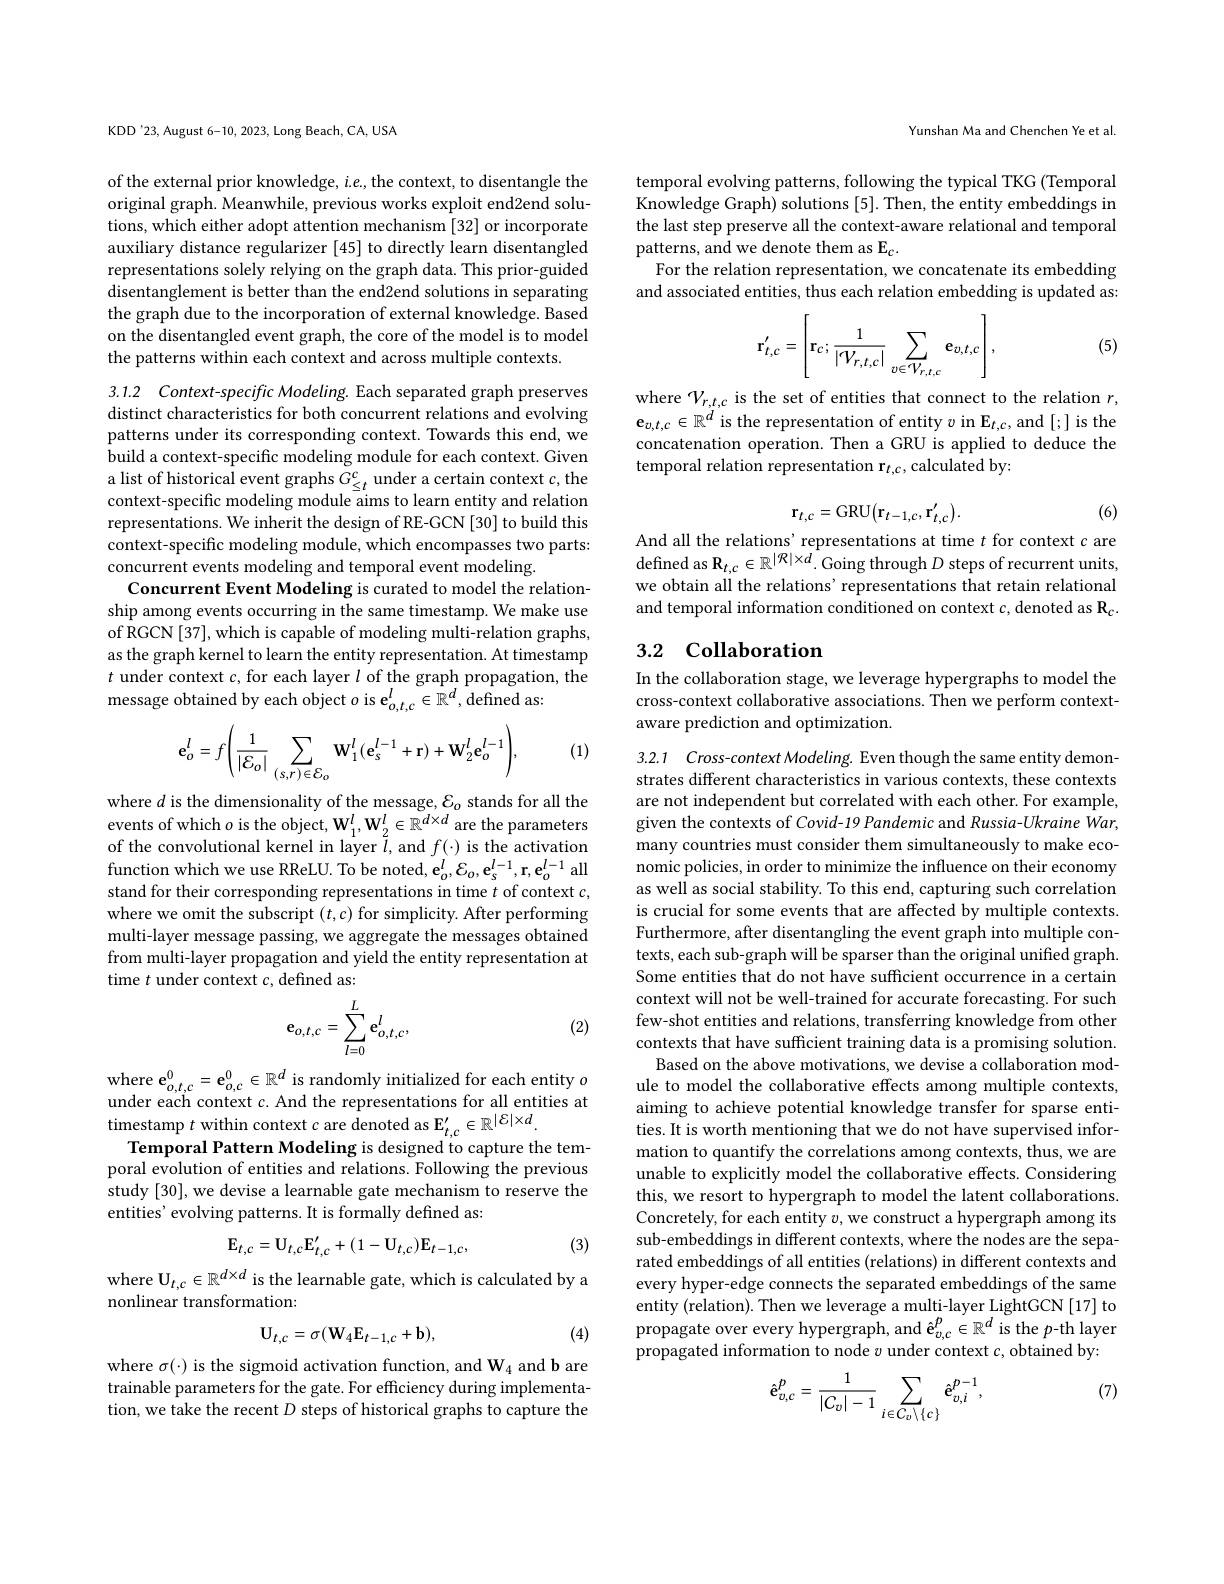
KDD'23, August 6-10, 2023, Long Beach, CA, USA

of the external prior knowledge, $i.e.$, the context, to disentangle the original graph. Meanwhile, previous works exploit end2end solutions, which either adopt attention mechanism [32] or incorporate auxiliary distance regularizer [45] to directly learn disentangled representations solely relying on the graph data. This prior-guided disentanglement is better than the end2end solutions in separating the graph due to the incorporation of external knowledge. Based on the disentangled event graph, the core of the model is to model the patterns within each context and across multiple contexts.

3.1.2 Context-specific Modeling. Each separated graph preserves

distinct characteristics for both concurrent relations and evolving patterns under its corresponding context. Towards this end, we build a context-specific modeling module for each context. Given a list of historical event graphs $\tilde{G} _{\leq t}^{c}$ under a certain context $c$,the context- specific modeling module aims to learn entity and relation representations. We inherit the design of RE-GCN [30] to build this context-specific modeling module, which encompasses two parts: concurrent events modeling and temporal event modeling.
Concurrent Event Modeling is curated to model the relationship among events occurring in the same timestamp. We make use of RGCN [37], which is capable of modeling multi-relation graphs, as the graph kernel to learn the entity representation. At timestamp $t$ under context $c$,for each layer $l$ of the graph propagation, the message obtained by each object $o$ is e$_o,t,c^l\in\mathbb{R}^d$,defined as:

(1)
$$\mathbf{e}_{o}^{l}=f\biggl(\frac{1}{|\mathcal{E}_{o}|}\sum_{(s,r)\in\mathcal{E}_{o}}\mathbf{W}_{1}^{l}(\mathbf{e}_{s}^{l-1}+\mathbf{r})+\mathbf{W}_{2}^{l}\mathbf{e}_{o}^{l-1}\biggr),$$
where $d$ is the dimensionality of the message, $\mathcal{E}_o$ stands for all the events of which $o$ is the object, W$_1^l,\mathbf{W}_2^l\in\mathbb{R}^{d\times d}$ are the parameters of the convolutional kernel in layer $\tilde{l}$,and $f(\cdot)$ is the activation function which we use RReLU. To be noted, e$_o^l,\mathcal{E}_o,\mathbf{e}_s^{l-1},\mathbf{r},\mathbf{e}_o^{l-1}$ all stand for their corresponding representations in time $t$ of context $c$, where we omit the subscript $(t,c)$ for simplicity. After performing multi-layer message passing, we aggregate the messages obtained from multi-layer propagation and yield the entity representation at time $t$ under context $c$,defined as:

(2)
$$\mathbf{e}_{o,t,c}=\sum_{l=0}^L\mathbf{e}_{o,t,c}^l,$$
where $\mathbf{e} _{o, t, c}^{0}= \mathbf{e} _{o, c}^{0}\in \mathbb{R} ^{d}$ is randomly initialized for each entity $o$ under each context $c.$ And the representations for all entities at timestamp $t$ within context $c$ are denoted as E$_t,c^{\prime}\in\mathbb{R}^{|\mathcal{E}|\times d}.$
Temporal Pattern Modeling is designed to capture the temporal evolution of entities and relations. Following the previous study [30], we devise a learnable gate mechanism to reserve the entities' evolving patterns. It is formally defined as:
$$\mathbf{E}_{t,c}=\mathbf{U}_{t,c}\mathbf{E}_{t,c}^{\prime}+(1-\mathbf{U}_{t,c})\mathbf{E}_{t-1,c},$$
(3)

where $\mathbf{U}_{t,c}\in\mathbb{R}^{d\times d}$ is the learnable gate, which is calculated by a
nonlinear transformation:
$$\mathbf{U}_{t,c}=\sigma(\mathbf{W}_{4}\mathbf{E}_{t-1,c}+\mathbf{b}),$$
(4)

where $\sigma(\cdot)$ is the sigmoid activation function, and W$_4$ and b are trainable parameters for the gate. For efficiency during implementation, we take the recent $D$ steps of historical graphs to capture the

Yunshan Ma and Chenchen Ye et al.

temporal evolving patterns, following the typical TKG (Temporal Knowledge Graph) solutions [5]. Then, the entity embeddings in the last step preserve all the context-aware relational and temporal patterns, and we denote them as E$_c.$
For the relation representation, we concatenate its embedding and associated entities, thus each relation embedding is updated as:

(5)
$$\mathbf{r}_{t,c}'=\left[\mathbf{r}_{c};\frac{1}{|\mathcal{V}_{r,t,c}|}\sum_{v\in\mathcal{V}_{r,t,c}}\mathbf{e}_{v,t,c}\right],$$
where $\mathcal{V}_r,t,c$ is the set of entities that connect to the relation $r$, $\mathbf{e}_{v,t,c}\in\mathbb{R}^d$ is the representation of entity $v$ in E$_t,c$,and [;] is the concatenation operation. Then a GRU is applied to deduce the temporal relation representation r$_t,c$,calculated by:

(6)
$$\mathbf{r}_{t,c}=\mathrm{GRU}\big(\mathbf{r}_{t-1,c},\mathbf{r}_{t,c}^{\prime}\big).$$
And all the relations' representations at time $t$ for context $c$ are $\text{defined as R}_{t, c}\in \mathbb{R} ^{| \mathcal{R} | \times d}.$Going through $D$ steps of recurrent units, we obtain all the relations' representations that retain relational and temporal information conditioned on context $c$, denoted as R$_c.$

## 3.2 Collaboration

In the collaboration stage, we leverage hypergraphs to model the cross-context collaborative associations. Then we perform contextaware prediction and optimization.

3.2.1 Cross-context Modeling. Even though the same entity demon-

strates different characteristics in various contexts, these contexts are not independent but correlated with each other. For example, given the contexts of Covid-19 Pandemic and Russia-Ukraine War, many countries must consider them simultaneously to make economic policies, in order to minimize the influence on their economy as well as social stability. To this end, capturing such correlation is crucial for some events that are affected by multiple contexts. Furthermore, after disentangling the event graph into multiple contexts, each sub-graph will be sparser than the original unified graph. Some entities that do not have sufficient occurrence in a certain context will not be well-trained for accurate forecasting. For such few-shot entities and relations, transferring knowledge from other contexts that have sufficient training data is a promising solution.
Based on the above motivations, we devise a collaboration module to model the collaborative effects among multiple contexts, aiming to achieve potential knowledge transfer for sparse entities. It is worth mentioning that we do not have supervised information to quantify the correlations among contexts, thus, we are unable to explicitly model the collaborative effects. Considering this, we resort to hypergraph to model the latent collaborations. Concretely, for each entity $v$, we construct a hypergraph among its sub-embeddings in different contexts, where the nodes are the separated embeddings of all entities (relations) in different contexts and every hyper-edge connects the separated embeddings of the same entity (relation). Then we leverage a multi-layer LightGCN [17] to propagate over every hypergraph, and $\hat{\mathbf{e}}_{v,c}^p\in\mathbb{R}^d$ is the $p$-th layer propagated information to node $v$ under context $c$, obtained by:
$$\hat{\mathbf{e}}_{v,c}^{p}=\frac{1}{|C_{v}|-1}\sum_{i\in C_{v}\setminus\{c\}}\hat{\mathbf{e}}_{v,i}^{p-1},$$
(7)